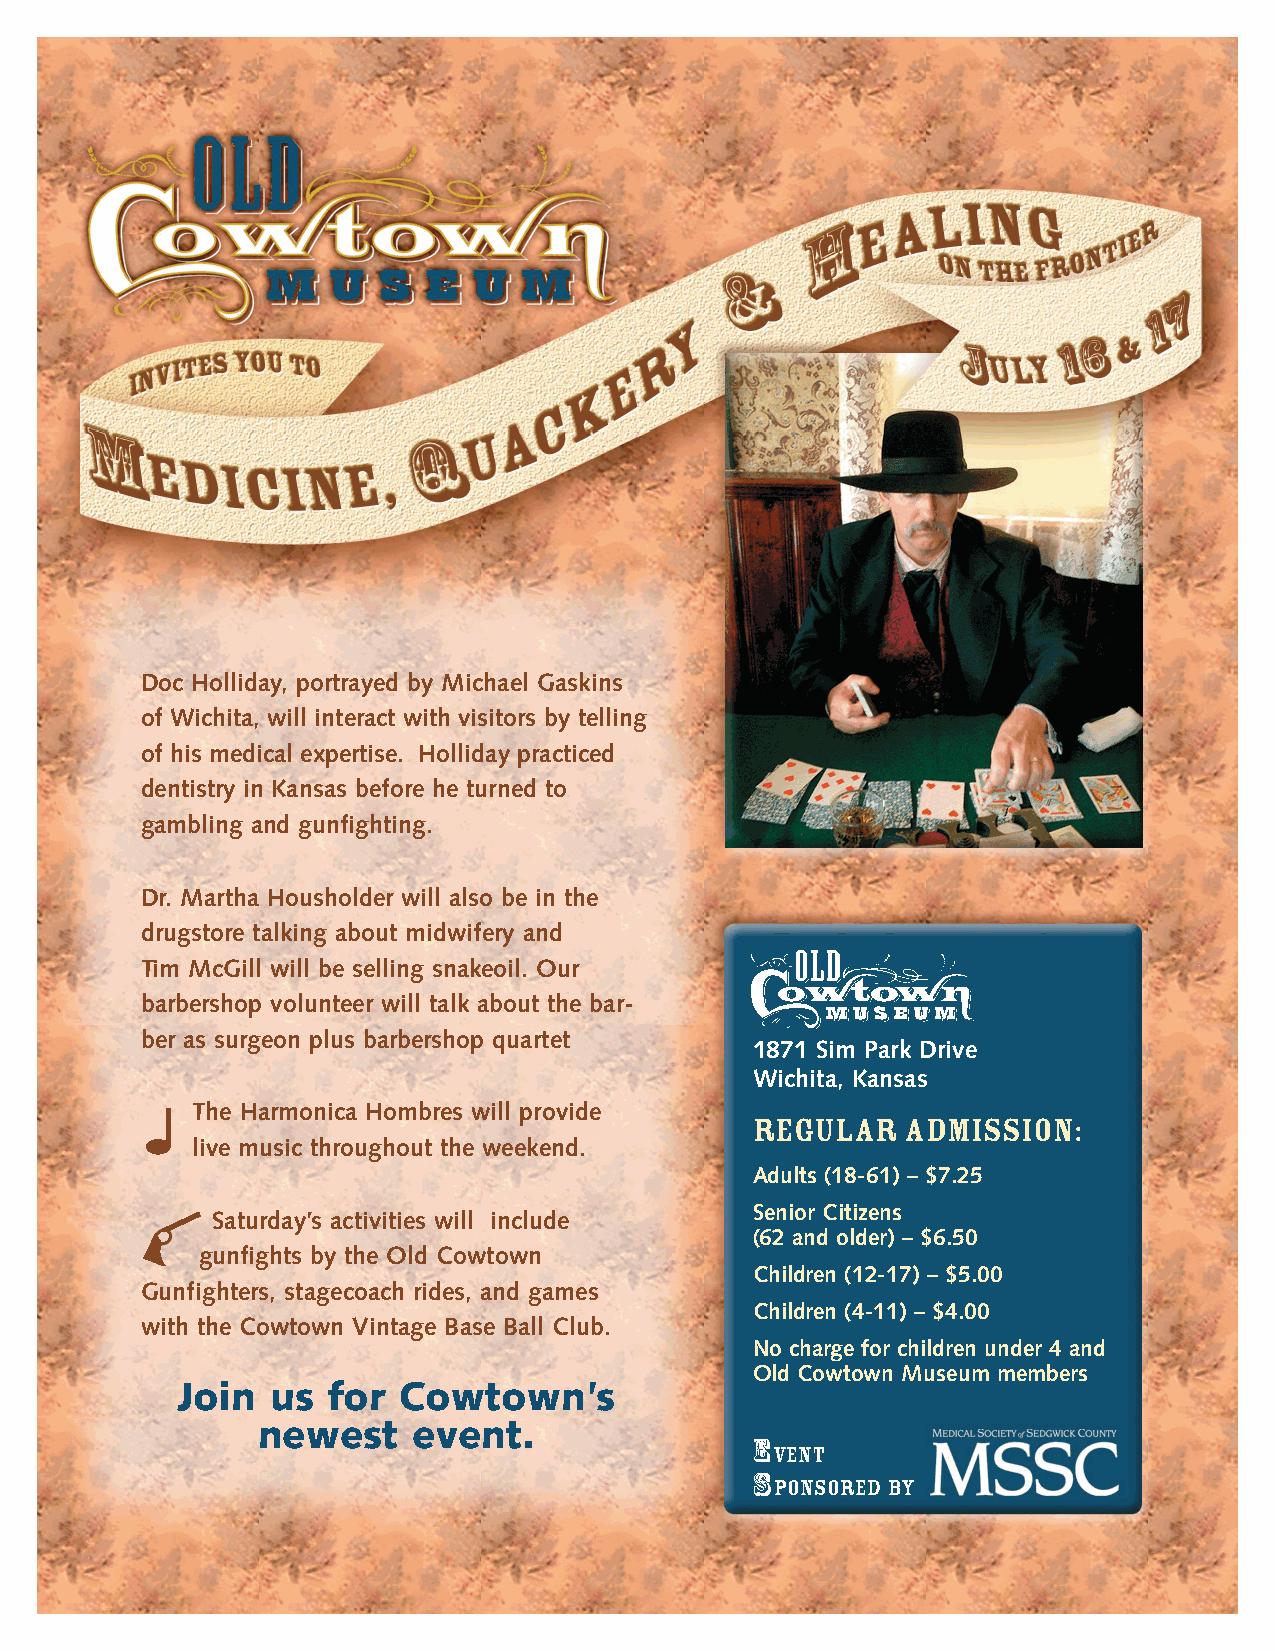
Doc Holliday, portrayed by Michael Gaskins
 of Wichita, will interact with visitors by telling
 of his medical expertise. Holliday practiced
 dentistry in Kansas before he turned to
 gambling and gunfighting.
 Dr. Martha Housholder will also be in the
 drugstore talking about midwifery and
 Tim McGill will be selling snakeoil. Our
 barbershop volunteer will talk about the bar-
 ber as surgeon plus barbershop quartet
 1871 Sim Park Drive
 Wichita, Kansas
 The Harmonica Hombres will provide
 REGULAR   ADMISSION:
 live music throughout the weekend.
 Adults (18-61) – $7.25
 Senior Citizens
 Saturday’s activities will include
 (62 and older) – $6.50
 gunfights by the Old Cowtown
 Children (12-17) – $5.00
 Gunfighters, stagecoach rides, and games
 Children (4-11) – $4.00
 with the Cowtown Vintage Base Ball Club.
 No charge for children under 4 and
 Old Cowtown Museum members
 Join  us  for Cowtown’s
 newest    event.
 E
 VENT
 S
 PONSORED BY